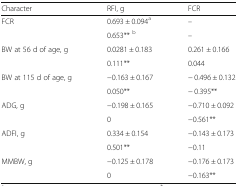
<table><thead><tr><td><b>Character</b></td><td><b>RFI, g</b></td><td><b>FCR</b></td></tr></thead><tbody><tr><td rowspan="2">FCR</td><td>0.693 ± 0.094<sup>a</sup></td><td>–</td></tr><tr><td>0.653** <sup>b</sup></td><td>–</td></tr><tr><td rowspan="2">BW at 56 d of age, g</td><td>0.0281 ± 0.183</td><td>0.261 ± 0.166</td></tr><tr><td>0.111**</td><td>0.044</td></tr><tr><td rowspan="2">BW at 115 d of age, g</td><td>−0.163 ± 0.167</td><td>− 0.496 ± 0.132</td></tr><tr><td>0.050**</td><td>− 0.395**</td></tr><tr><td rowspan="2">ADG, g</td><td>−0.198 ± 0.165</td><td>−0.710 ± 0.092</td></tr><tr><td>0</td><td>−0.561**</td></tr><tr><td rowspan="2">ADFI, g</td><td>0.334 ± 0.154</td><td>−0.143 ± 0.173</td></tr><tr><td>0.501**</td><td>−0.11</td></tr><tr><td rowspan="2">MMBW, g</td><td>−0.125 ± 0.178</td><td>−0.176 ± 0.173</td></tr><tr><td>0</td><td>−0.163**</td></tr></tbody></table>